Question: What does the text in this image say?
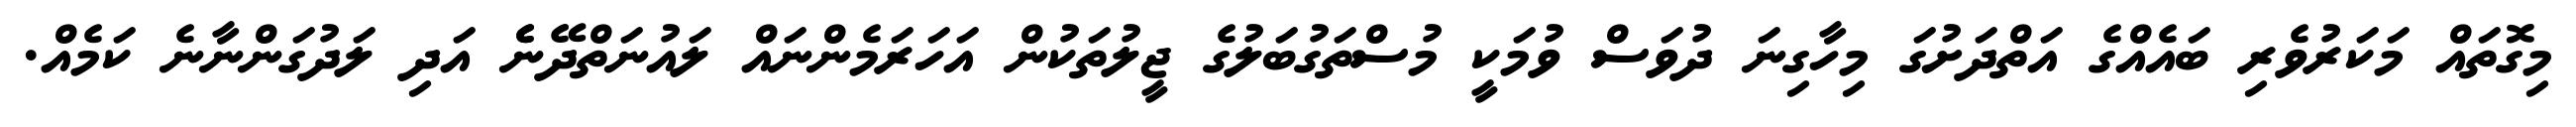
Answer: މިގޮތައް މަކަރުވެރި ބައެއްގެ އަތްދަށުގަ މިހާގިނަ ދުވަސް ވުމަކީ މުސްތަގުބަލުގެ ޖީލުތަކުން އަހަރަމެންނައް ލައުނަތްދޭނެެ އަދި ލަދުގަންނާނެ ކަމެއް.